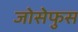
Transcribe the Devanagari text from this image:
जोसेफुस